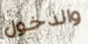
والدخول